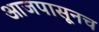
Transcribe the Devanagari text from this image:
आजपासूनच